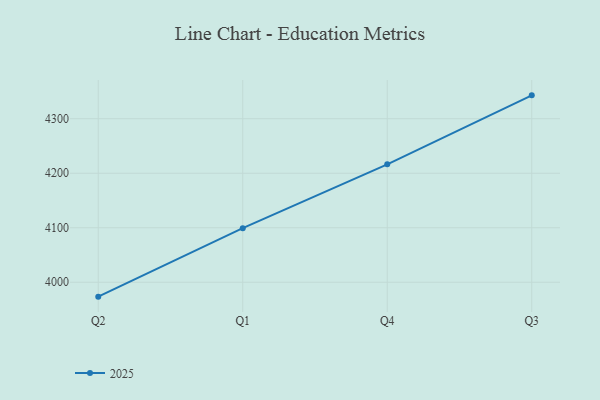
{"axis": {"x": "Quarter", "y": "Gross Profit (USD K)"}, "legend": ["2025"], "data": [{"x": "Q2", "y": 3973.6, "type": "2025"}, {"x": "Q1", "y": 4099.3, "type": "2025"}, {"x": "Q4", "y": 4216.3, "type": "2025"}, {"x": "Q3", "y": 4342.9, "type": "2025"}]}